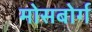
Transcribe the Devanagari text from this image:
मोसबोर्ग